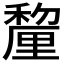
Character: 𮃱